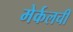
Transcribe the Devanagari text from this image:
मेर्कलची